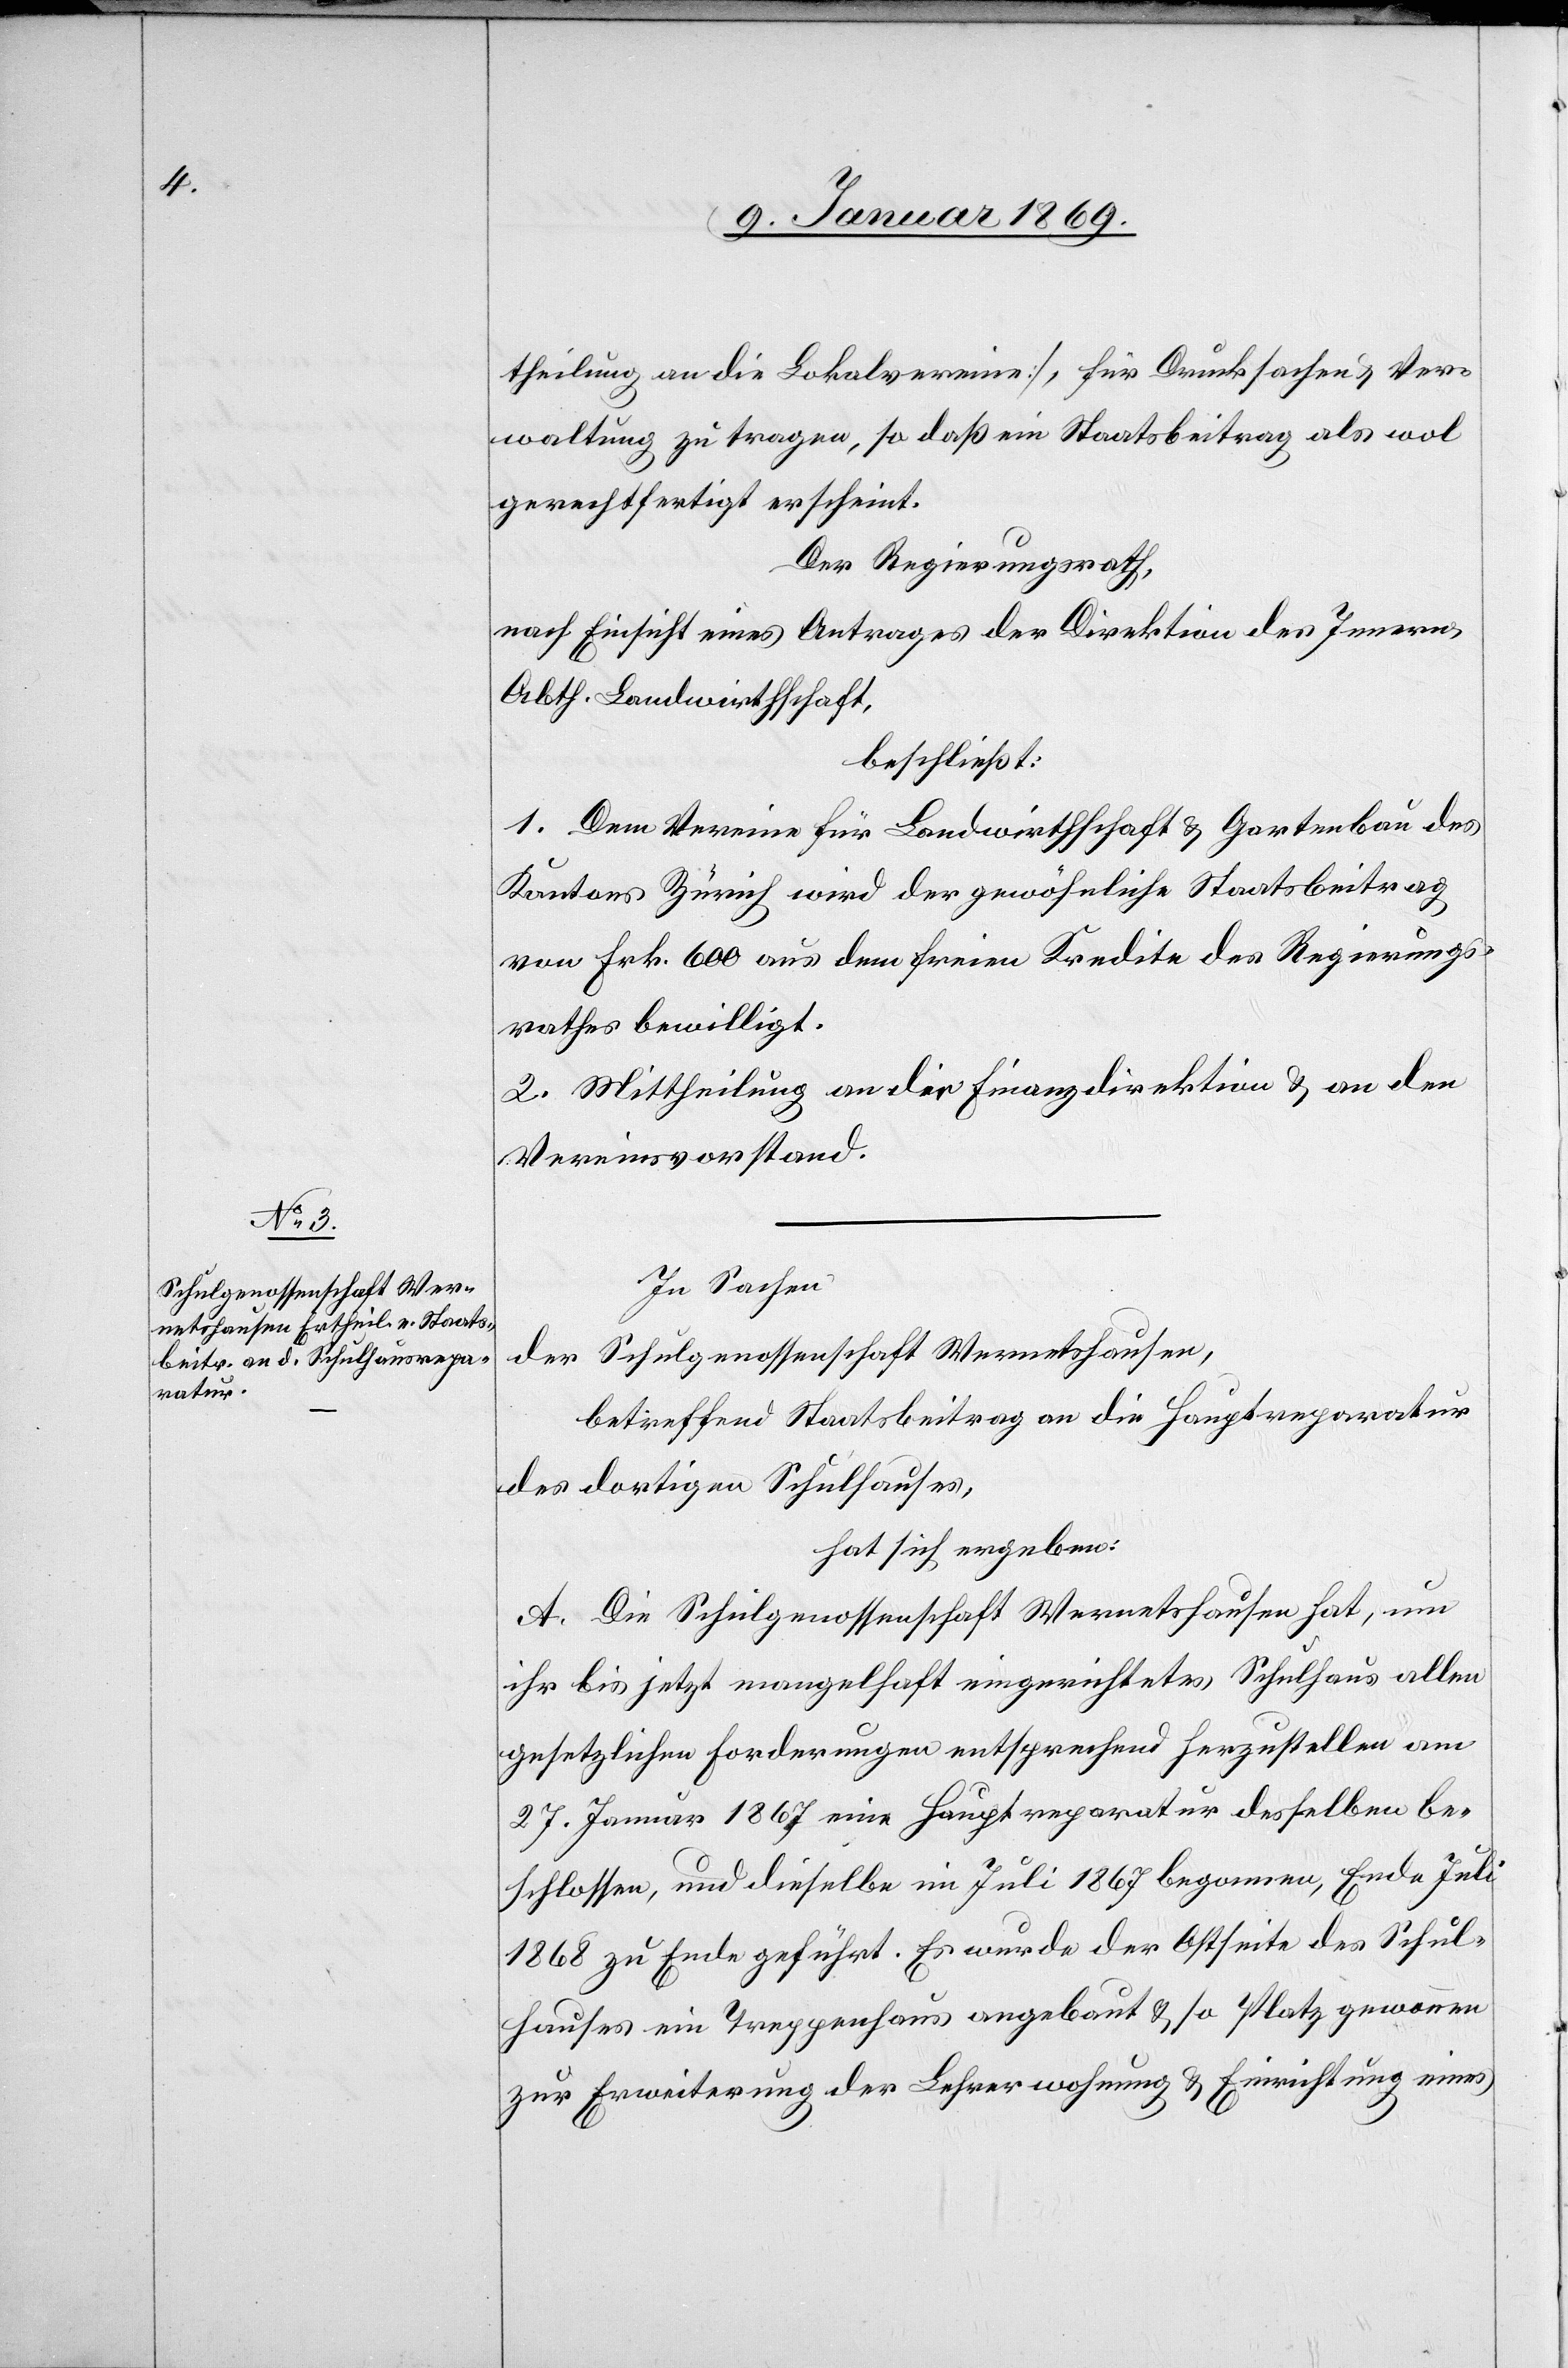
theilung an die Lokalvereine], für Drucksachen u. Ver¬
waltung zu tragen, so daß ein Staatsbeitrag als wol
gerechtfertigt erscheint.
Der Regierungsrath,
nach Einsicht eines Antrages der Direktion des Innern,
Abth. Landwirthschaft,
beschließt:
1. Dem Vereine für Landwirthschaft u. Gartenbau des
Kantons Zürich wird der gewöhnliche Staatsbeitrag
von Frk. 600 aus dem freien Kredite des Regierungs¬
rathes bewilligt.
2. Mittheilung an die Finanzdirektion u. an den
Vereinsvorstand.
In Sachen
der Schulgenoßenschaft Wermetshausen,
betreffend Staatsbeitrag an die Hauptreparatur
des dortigen Schulhauses,
hat sich ergeben:
A. Die Schulgenoßenschaft Wermetshausen hat, um
ihr bis jetzt mangelhaft eingerichtetes Schulhaus allen
gesetzlichen Forderungen entsprechend herzustellen am
27. Januar 1867 eine Hauptreparatur desselben be¬
schlossen, und dieselbe im Juli 1867 begonnen, Ende Juli
1868 zu Ende geführt. Es wurde der Ostseite des Schul¬
hauses ein Treppenhaus angebaut & so Platz gewonnen
zur Erweiterung der Lehrerwohnung & Einrichtung eines